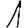
Digit: 1